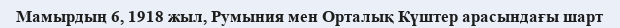
Мамырдың 6, 1918 жыл, Румыния мен Орталық Күштер арасындағы шарт